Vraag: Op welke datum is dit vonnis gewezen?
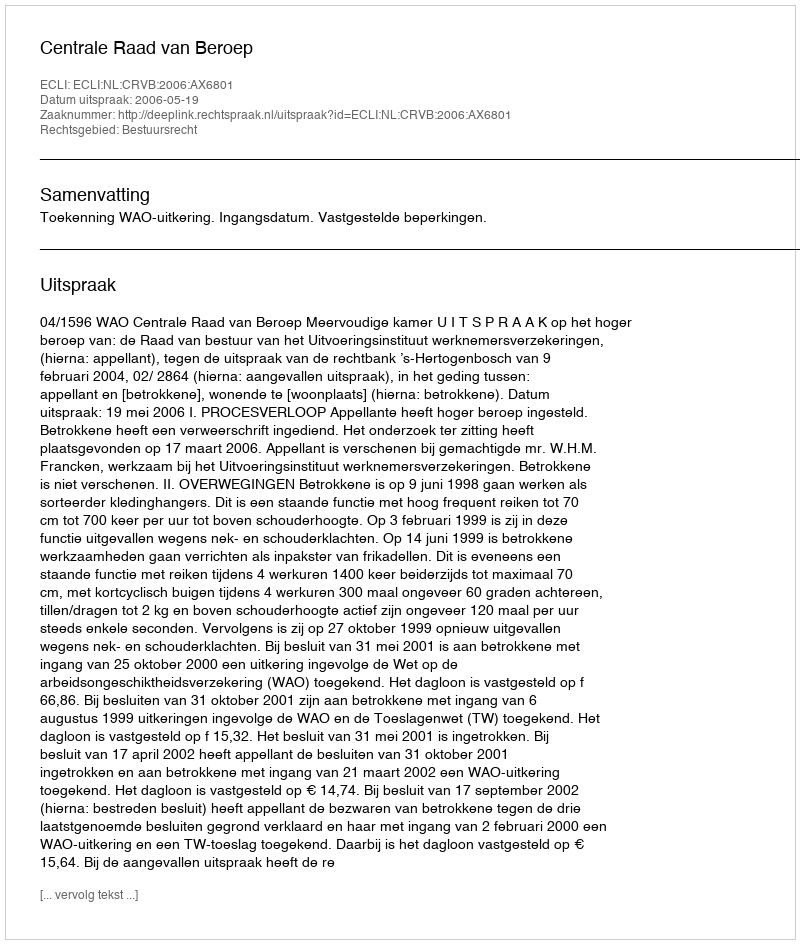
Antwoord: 2006-05-19